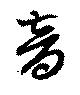
音